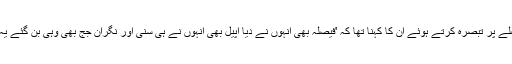
اپنی نااہلی کے فیصلے پر تبصرہ کرتے ہوئے ان کا کہنا تھا کہ 'فیصلہ بھی انہوں نے دیا اپیل بھی انہوں نے ہی سنی اور نگران جج بھی وہی بن گئے یہ کیسا احتساب ہے؟